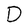
Character: D